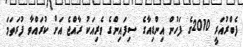
ފެބްރުއަރީ 2010ގެ ފަހުން އިންޑިއާގެ ސިފައިންގެ ވެރިއަކު ރާއްޖެ އަށް ކުރައްވާ ފުރަތަމަ